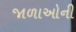
જાળાઓની